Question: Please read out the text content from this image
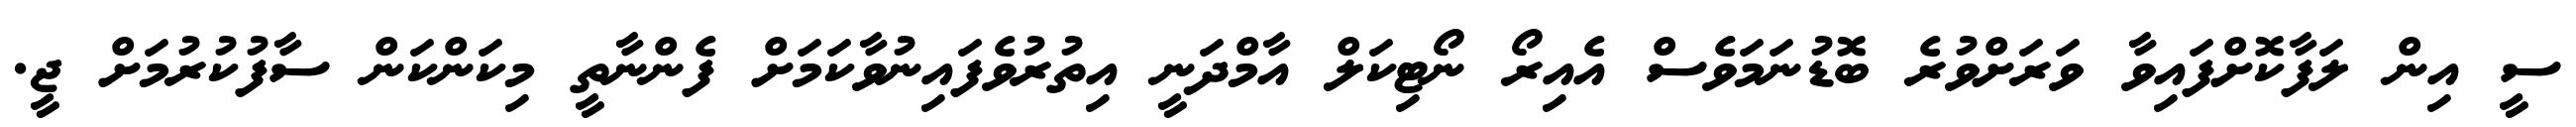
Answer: ސީ އިން ލަފާކޮށްފައިވާ ވަރަށްވުރެ ބޮޑުނަމަވެސް އެއިރޯ ނޯޓިކަލް އާމްދަނީ އިތުރުވެފައިނުވާކަމަށް ފެންނާތީ މިކަންކަން ސާފުކުރުމަށް ޖީ.